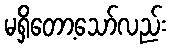
မရှိတော့သော်လည်း